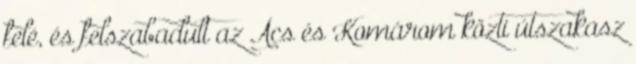
felé, és felszabadult az Ács és Komárom közti útszakasz